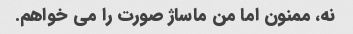
نه، ممنون اما من ماساژ صورت را می خواهم.